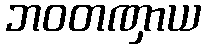
ဘဝတဏှာယ